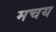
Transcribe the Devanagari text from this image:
मचय